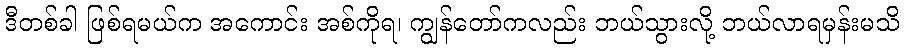
ဒီတစ်ခါ ဖြစ်ရမယ်က အကောင်း အစ်ကိုရ၊ ကျွန်တော်ကလည်း ဘယ်သွားလို့ ဘယ်လာရမှန်းမသိ